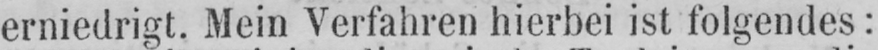
erniedrigt. Mein Verfahren hierbei ist folgendes: